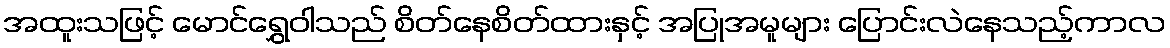
အထူးသဖြင့် မောင်ရွှေဝါသည် စိတ်နေစိတ်ထားနှင့် အပြုအမူများ ပြောင်းလဲနေသည့်ကာလ